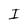
Character: I